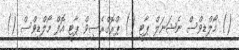
() މޯލްޑިވްސް ނެޝަނަލް ޕާޓީ () ޕްރޮގްރެސިވް ޕާޓީ އޮފް މޯލްޑިވްސް ()